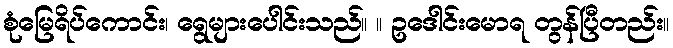
စုံမြေရိပ်ကောင်း၊ ရွေများပေါင်းသည်။ ။ ဥဒေါင်းမောရ တွန်ပြီတည်း။